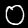
Digit: 0